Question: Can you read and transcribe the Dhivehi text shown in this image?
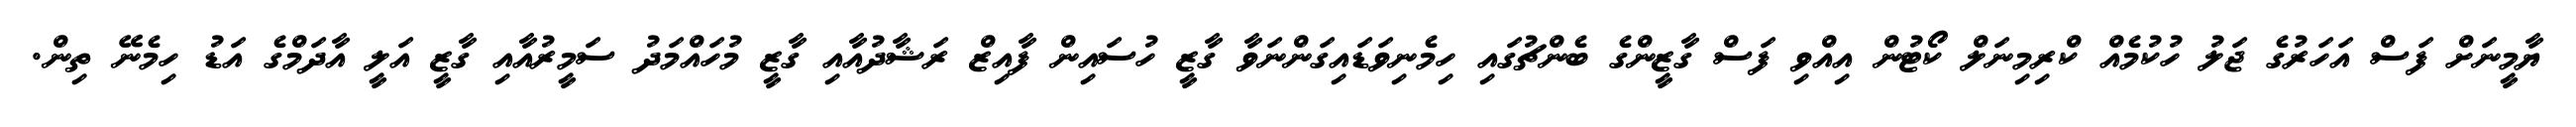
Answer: ޔާމީނަށް ފަސް އަހަރުގެ ޖަލު ހުކުމެއް ކްރިމިނަލް ކޯޓުން އިއްވި ފަސް ގާޒީންގެ ބެންޗުގައި ހިމެނިވަޑައިގަންނަވާ ގާޒީ ހުސައިން ފާއިޒް ރަޝާދުއާއި ގާޒީ މުހައްމަދު ސަމީރުއާއި ގާޒީ އަލީ އާދަމްގެ އަޑު ހިމެނޭ ތިން.